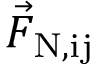
\vec { F } _ { \mathrm { N , i j } }